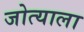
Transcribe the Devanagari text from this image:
जोत्याला